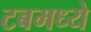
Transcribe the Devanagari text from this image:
टबमध्ये